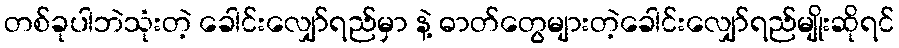
တစ်ခုပါဘဲသုံးတဲ့ ခေါင်းလျှော်ရည်မှာ နဲ့ ဓာတ်တွေများတဲ့ခေါင်းလျှော်ရည်မျိုးဆိုရင်